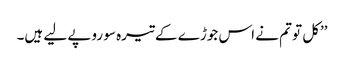
’’کل تو تم نے اس جوڑے کے تیرہ سو روپے لیے ہیں۔